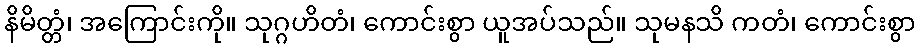
နိမိတ္တံ၊ အကြောင်းကို။ သုဂ္ဂဟိတံ၊ ကောင်းစွာ ယူအပ်သည်။ သုမနသိ ကတံ၊ ကောင်းစွာ